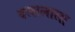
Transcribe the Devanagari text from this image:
दलालाला